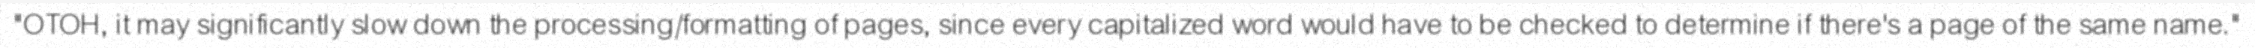
"OTOH, it may significantly slow down the processing/formatting of pages, since every capitalized word would have to be checked to determine if there's a page of the same name."